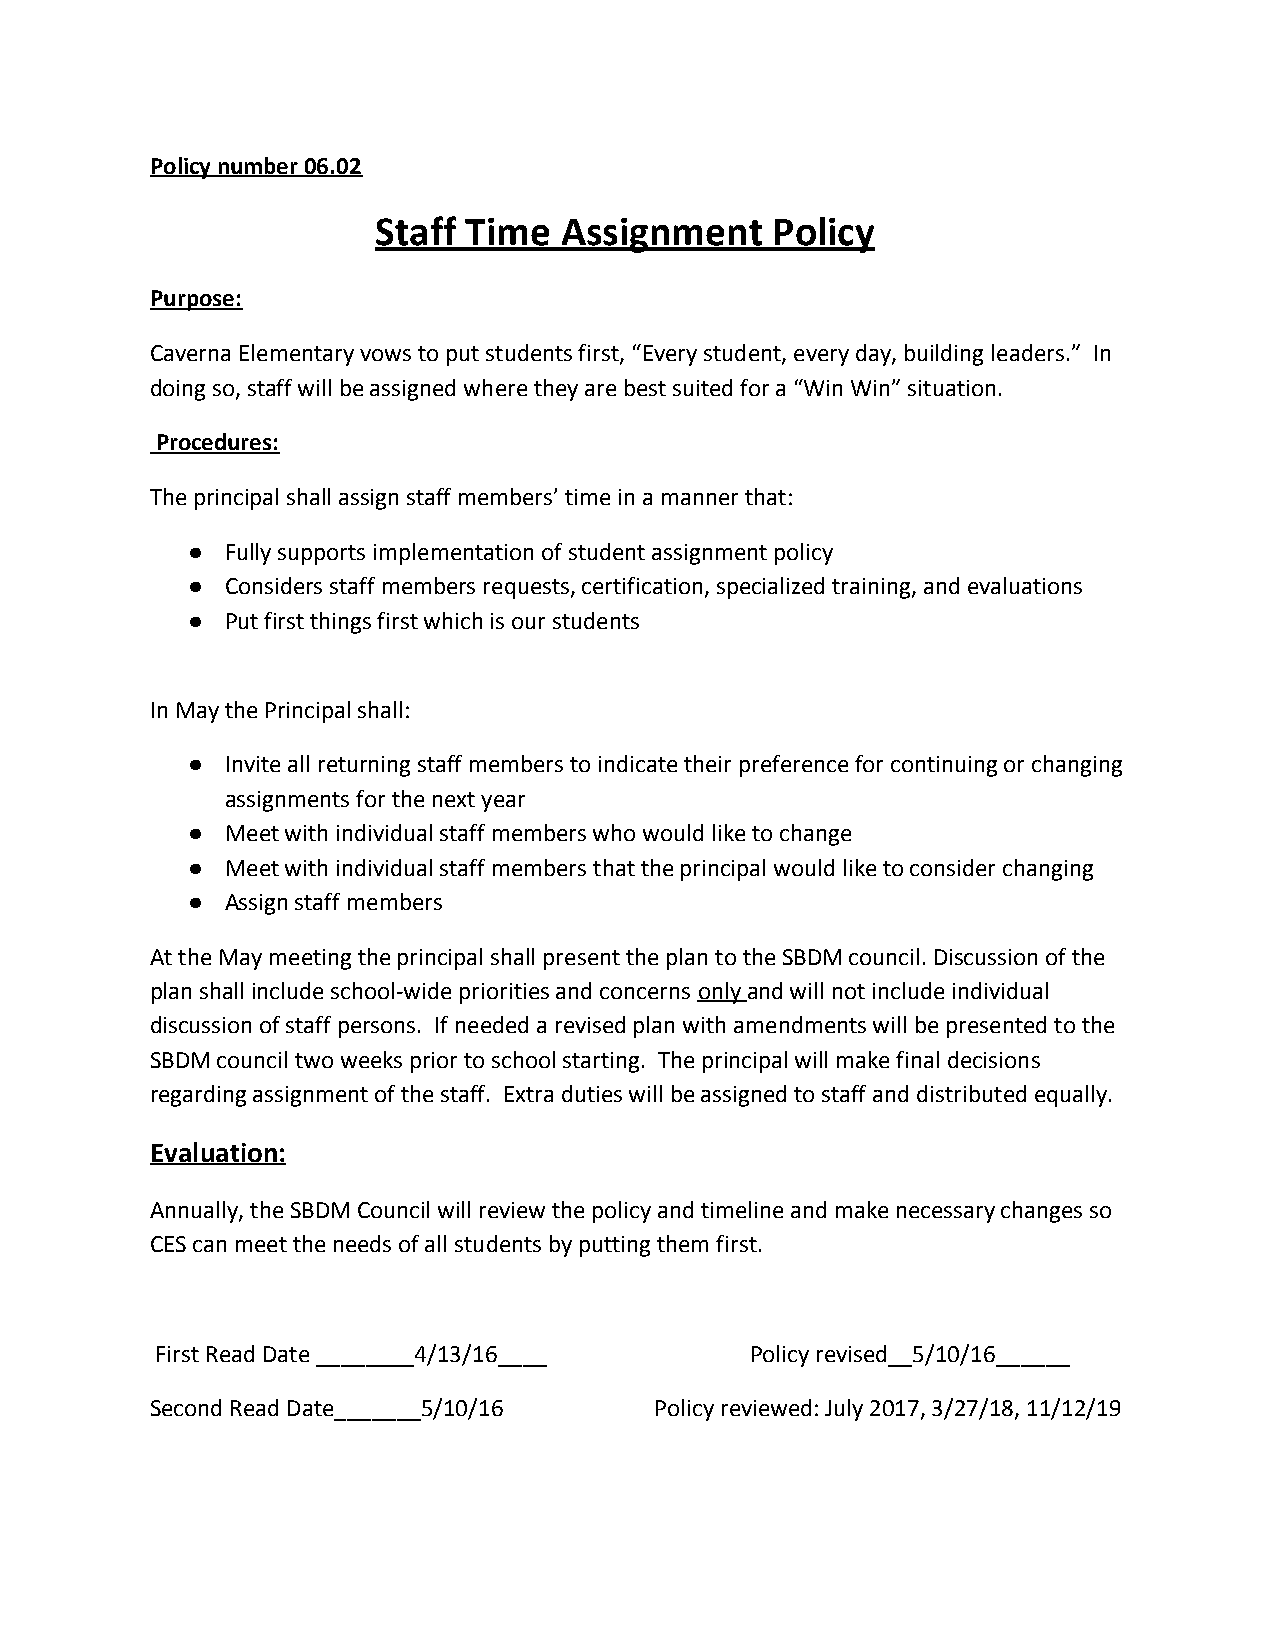
Policy number 06.02
 Staff Time  Assignment    Policy
 Purpose:
 Caverna Elementary vows to put students first, “Every student, every day, building leaders.” In
 doing so, staff will be assigned where they are best suited for a “Win Win” situation.
 Procedures:
 The principal shall assign staff members’ time in a manner that:
 ●  Fully supports implementation of student assignment policy
 ●  Considers staff members requests, certification, specialized training, and evaluations
 ●  Put first things first which is our students
 In May the Principal shall:
 ●  Invite all returning staff members to indicate their preference for continuing or changing
 assignments for the next year
 ●  Meet with individual staff members who would like to change
 ●  Meet with individual staff members that the principal would like to consider changing
 ●  Assign staff members
 At the May meeting the principal shall present the plan to the SBDM council. Discussion of the
 plan shall include school-wide priorities and concerns only and will not include individual
 ​  ​
 discussion of staff persons. If needed a revised plan with amendments will be presented to the
 SBDM council two weeks prior to school starting. The principal will make final decisions
 regarding assignment of the staff. Extra duties will be assigned to staff and distributed equally.
 Evaluation:
 Annually, the SBDM Council will review the policy and timeline and make necessary changes so
 CES can meet the needs of all students by putting them first.
 First Read Date ________4/13/16____     Policy revised__5/10/16______
 Second Read Date_______5/10/16   Policy reviewed: July 2017, 3/27/18, 11/12/19